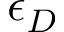
\epsilon _ { D }